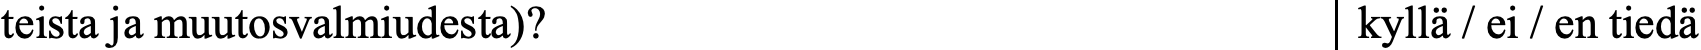
teista ja muutosvalmiudesta)?                kyllä / ei / en tiedä